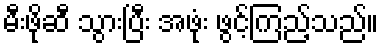
မီးဖိုဆီ သွားပြီး အဖုံး ဖွင့်ကြည့်သည်။